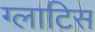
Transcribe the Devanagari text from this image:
ग्लाटिस